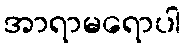
အာရာမရောပါ